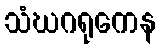
သံဃဂရုကေန